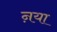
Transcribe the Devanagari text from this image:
ऩया